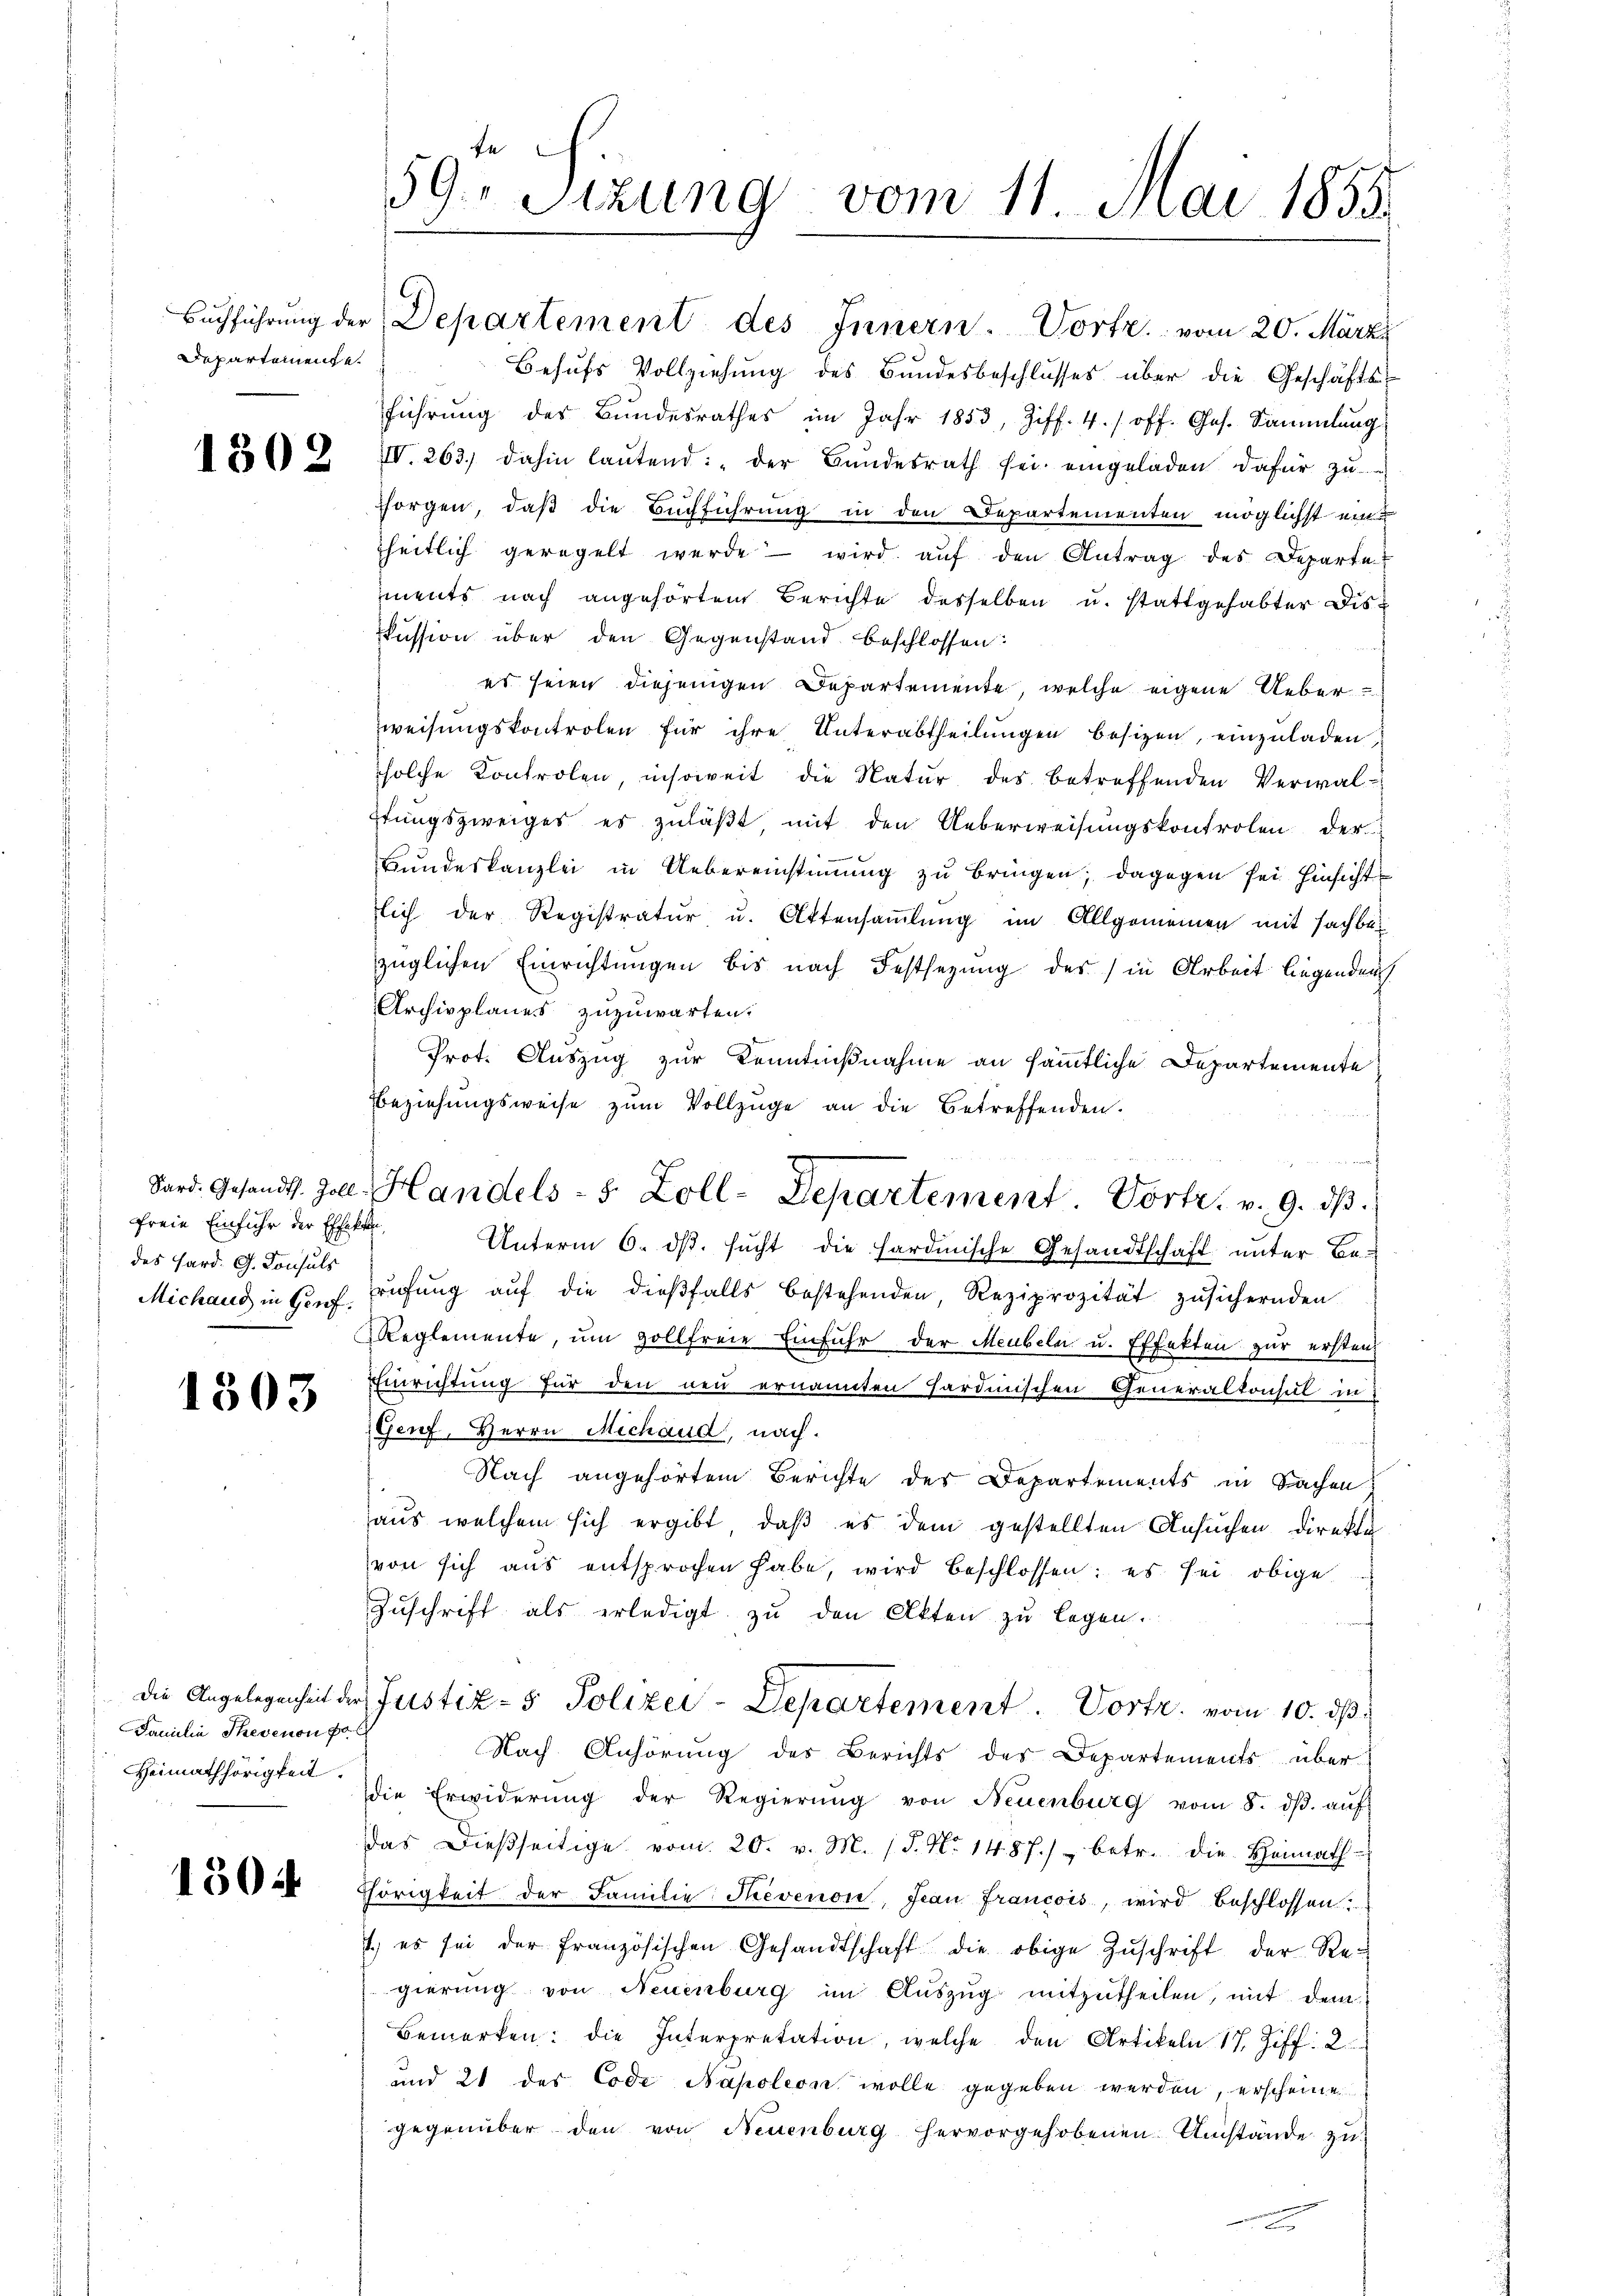
Departemente

1302

freie Einfuhr der Effekten,
des Hard. G. Consuls
Michaud in Genf.

1303

Familie Thevenon pol
Heimathörigkeit.

150

n
59. Sitzung vom 11. Mai 1855.

Behufs Vollziehung des Bundesbeschlusses über die Geschäftsführŭng des Bŭndesrathes im Jahr 1853, Ziff. 4. / off. Ges. Sammlung
IV. 263, dahin laŭtend: „der Bundesrath sei eingeladen, dafür zu

Horgen, daß die Buchführung in den Departementen möglichst einheitlich geregelt werde wird aŭf den Antrag des Departe
ments nach angehörtem Berichte desselben u. stattgehabter Diskussion über den Gegenstand beschlossen:
es seien diejenigen Departemente, welche eigene Ueber¬
Zweisungskontrolen für ihre Unterabtheilungen besizen, einzuladen,
solche Kontrolen, insoweit die Natur des betreffenden Verwal-
ftungszweiges es zuläßt mit den Ueberweisungskontrolen der
Bundeskanzlei in Uebereinstimmung zu bringen; dagegen sei Hinsicht
lich der Registratur u. Ottensamlung im Allgemeinen mit sachbar
züglichen Einrichtungen bis nach Festsezung des in Arbeit liegenden
Archivplanes zuzuwarten.
Prot. Auszug zur Kenntnißnahme an sämmtliche Departemente
Beziehungsweise zŭm Vollzüge an die Betreffenden.
Unterm 6. dβ. sucht die Hardmische Gesandtschaft unter Be-
rüfŭng aŭf die dieβfalls bestehenden, Reziprozität zusichernden
Reglemente, ŭm zollfreie Einfuhr der Meubeln u. Effekten zur ersten
EEinrichtung für den neu ernannten Hardinischen Generaltonsul in
Genf, Herrn Michand, nach.
Nach angehörtem Berichte des Departements in Sachen
aus welchem sich ergibt, daß es dem gestellten Ansuchen direkte
von sich aus entsprochen habe, wird beschlossen: es sei obige
Zuschrift als erledigt zu den Akten zu legen.
die Angelegenheit der Justiz- & Polizei-Departement. Vortr. vom 10. ds.
Nach Anhörung des Berichts des Departements über
die Erwiderŭng der Regierŭng von Neuenburg vom 8. dβ aŭf
das dießseitige vom 20. v. M. (T. N. 148 f.) betr. die Heimath
Thörigkeit der Familie Revenow, Jean Francois, wird beschlossen:
1. es sei der französischen Gesandtschaft die obige Zŭschrift der Regierung von Neuenburg im Auszug mitzutheilen, mit dem
Bemerken: die Interpretation, welche den Artikeln 17 Ziff. 2
und 21 des Code Napoleon wolle gegeben werden, erscheine
gegenüber den von Neuenburg hervorgehobenen Umstände zu

Buchführung der Departement des Innern. Vortr. vom 20. März

Sard. Gesandt. Zoll, Handels- 8 Zoll-Departement Vortr. v. 9. ds.